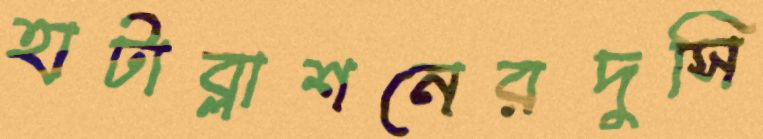
হাটাব্লাশনেরদুসি